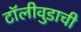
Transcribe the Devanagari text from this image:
टॉलीवुडाची